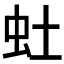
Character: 𫊥